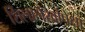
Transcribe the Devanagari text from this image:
शिलालेखांपेक्षा